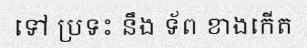
ទៅ ប្រទះ នឹង ទ័ព ខាងកើត